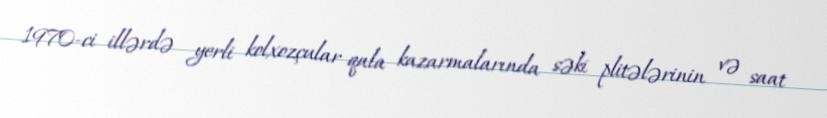
1970-ci illərdə yerli kolxozçular qala kazarmalarında səki plitələrinin və saat